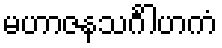
မဟာဇနသင်္ဂါဟကံ